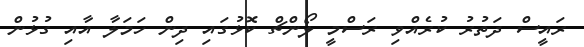
ރައީސް ދަތުރު ކުރެއްވި ރަސްމީ ލޯންޗް ކޮޅުގައި ދިން ހަމަލާ އާއި ގުޅުން